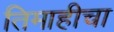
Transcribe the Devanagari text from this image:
तिमाहीचा